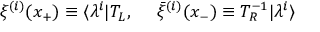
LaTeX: \xi ^ { ( i ) } ( x _ { + } ) \equiv \langle \lambda ^ { i } | T _ { L } , { } ~ ~ ~ ~ \bar { \xi } ^ { ( i ) } ( x _ { - } ) \equiv T _ { R } ^ { - 1 } | \lambda ^ { i } \rangle